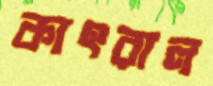
কাৎরাল